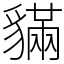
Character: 䝡